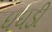
ધધડી